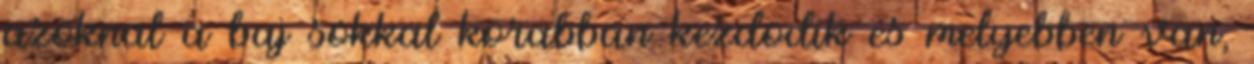
azoknal a baj sokkal korabban kezdodik es melyebben van,